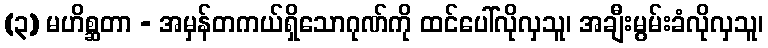
(၃) မဟိစ္ဆတာ - အမှန်တကယ်ရှိသောဂုဏ်ကို ထင်ပေါ်လိုလှသူ၊ အချီးမွမ်းခံလိုလှသူ၊